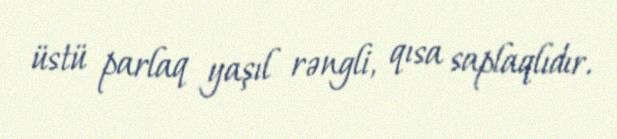
üstü parlaq yaşıl rəngli, qısa saplaqlıdır.